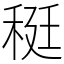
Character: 䅍